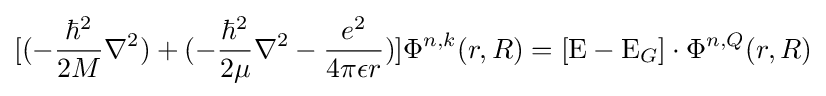
[(-{\hbar ^{2} \over 2M}\nabla ^{2})+(-{\hbar ^{2} \over 2\mu }\nabla ^{2}-{e^{2} \over 4\pi \epsilon r})]\Phi ^{n,k}(r,R)=[\mathrm {E} -\mathrm {E} _{G}]\cdot \Phi ^{n,Q}(r,R)